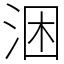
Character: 涃